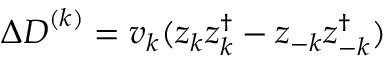
\Delta \boldsymbol { D } ^ { ( k ) } = v _ { k } ( \boldsymbol { z } _ { k } \boldsymbol { z } _ { k } ^ { \dagger } - \boldsymbol { z } _ { - k } \boldsymbol { z } _ { - k } ^ { \dagger } )